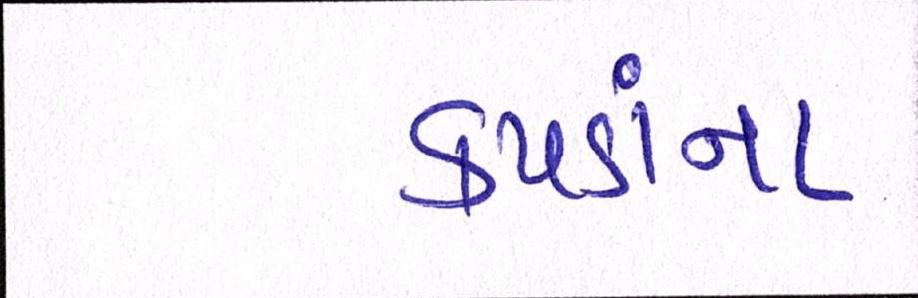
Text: કપડાંના